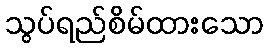
သွပ်ရည်စိမ်ထားသော